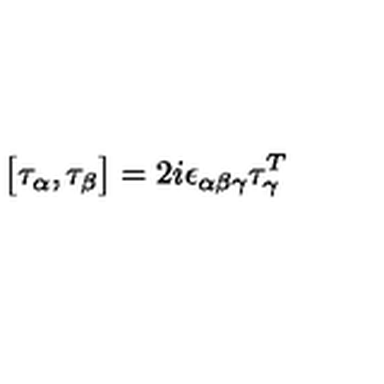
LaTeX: \bigl [ \tau _ { \alpha } , \tau _ { \beta } \bigr ] = 2 i \epsilon _ { \alpha \beta \gamma } \tau _ { \gamma } ^ { T }